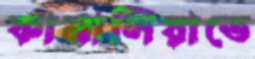
কামালিয়াতে